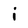
Character: i